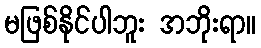
မဖြစ်နိုင်ပါဘူး အဘိုးရာ။